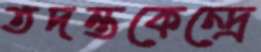
তদন্তকেন্দ্রে